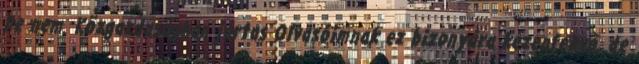
De nem. Közgazdaságban jártas Olvasóimnak ez bizonyára kézenfekvő, de